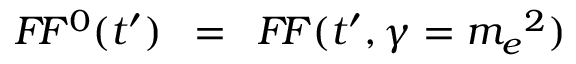
\! \! \! \! \! \! \! \! \! \! \! \! \! \! \! \! \! \! \! \! \! \! \! \! \! \! \! \! \! \! \! \! \! \! \! \! \! \! \! \! \! F \! F ^ { 0 } ( t ^ { \prime } ) \, \, \, = \, \, \, F \! F ( t ^ { \prime } , \gamma = { m _ { e } } ^ { 2 } ) \,